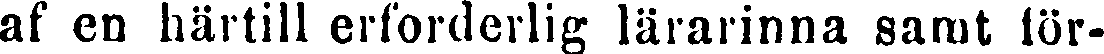
af en härtill erforderlig lärarinna samt för-